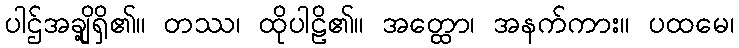
ပါဌ်အချို့ရှိ၏။ တဿ၊ ထိုပါဠိ၏။ အတ္ထော၊ အနက်ကား။ ပထမေ၊